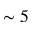
\sim 5